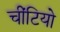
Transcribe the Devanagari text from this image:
चींटियो